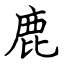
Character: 鹿